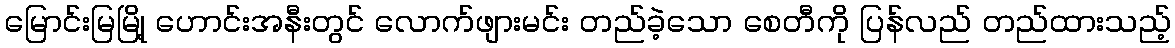
မြောင်းမြမြို့ ဟောင်းအနီးတွင် လောက်ဖျားမင်း တည်ခဲ့သော စေတီကို ပြန်လည် တည်ထားသည့်